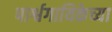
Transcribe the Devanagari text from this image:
पार्श्वगायिकेच्या